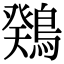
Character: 䳫